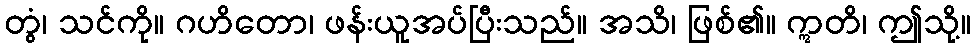
တွံ၊ သင်ကို။ ဂဟိတော၊ ဖန်းယူအပ်ပြီးသည်။ အသိ၊ ဖြစ်၏။ ဣတိ၊ ဤသို့။